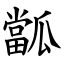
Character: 㼕